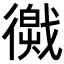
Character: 𢕽